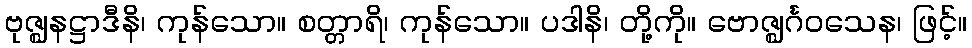
ဗုဇ္ဈနဋ္ဌာဒီနိ၊ ကုန်သော။ စတ္တာရိ၊ ကုန်သော။ ပဒါနိ၊ တို့ကို။ ဗောဇ္ဈင်္ဂဝသေန၊ ဖြင့်။